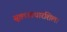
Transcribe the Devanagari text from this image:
सूक्ष्मआधारशिला